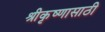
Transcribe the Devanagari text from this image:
श्रीकृष्णासाठी